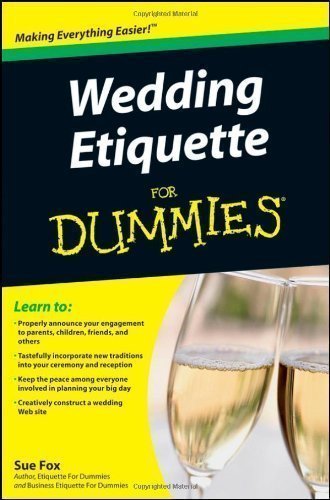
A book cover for Wedding Etiquette For Dummies (For Dummies (Lifestyles Paperback)) by Fox, Sue published by John Wiley & Sons (2009); Crafts, Hobbies & Home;